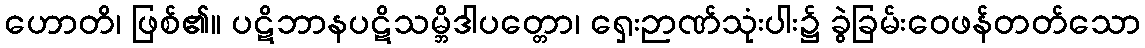
ဟောတိ၊ ဖြစ်၏။ ပဋိဘာနပဋိသမ္ဘိဒါပတ္တော၊ ရှေးဉာဏ်သုံးပါး၌ ခွဲခြမ်းဝေဖန်တတ်သော